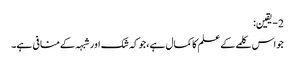
2- یقین:
جواس کلمے کے علم کاکمال ہے،جوکہ شک اورشبہہ کےمنافی ہے۔